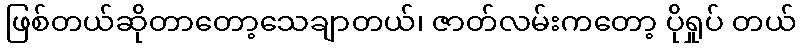
ဖြစ်တယ်ဆိုတာတော့သေချာတယ်၊ ဇာတ်လမ်းကတော့ ပိုရှုပ် တယ်